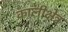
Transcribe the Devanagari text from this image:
कालीक्षेत्र